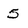
Character: 5